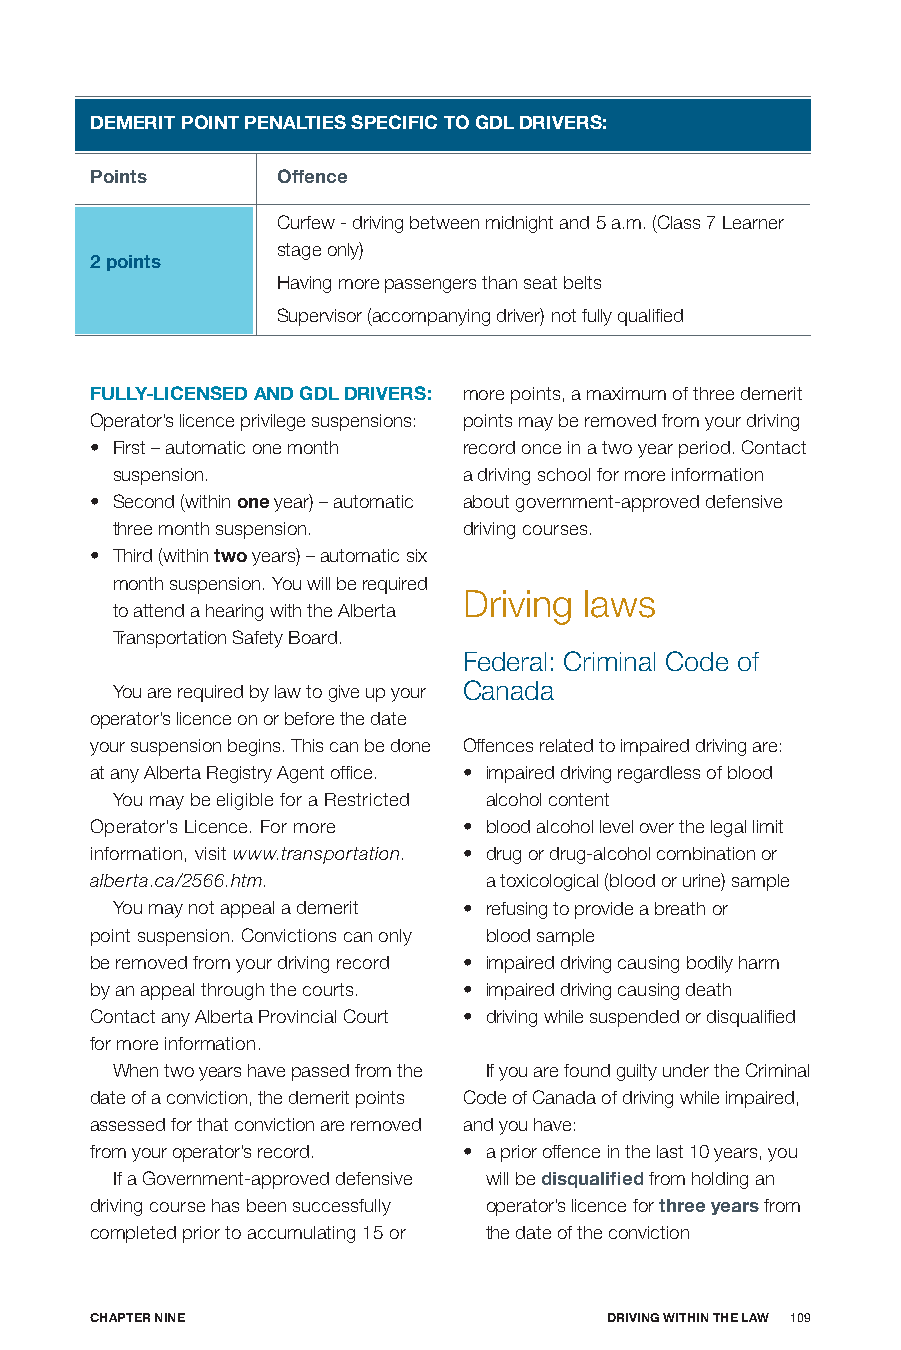
DEmERIT poInT pEnALTIES SpECIfIC To GDL DRIVERS:
 points      offence
 Curfew - driving between midnight and 5 a.m. (Class 7 Learner
 stage only)
 2 points
 Having more passengers than seat belts
 Supervisor (accompanying driver) not fully qualified
 fULLy-LICEnSED AnD GDL DRIVERS: more points, a maximum of three demerit
 Operator’s licence privilege suspensions: points may be removed from your driving
 • First – automatic one month record once in a two year period. Contact
 suspension.             a driving school for more information
 • Second (within one year) – automatic about government-approved defensive
 three month suspension. driving courses.
 • Third (within two years) – automatic six
 month suspension. You will be required
 Driving laws
 to attend a hearing with the Alberta
 Transportation Safety Board.
 Federal: Criminal Code of
 You are required by law to give up your Canada
 operator’s licence on or before the date
 your suspension begins. This can be done Offences related to impaired driving are:
 at any Alberta Registry Agent office. • impaired driving regardless of blood
 You may be eligible for a Restricted alcohol content
 Operator’s Licence. For more • blood alcohol level over the legal limit
 information, visit www.transportation. • drug or drug-alcohol combination or
 alberta.ca/2566.htm.      a toxicological (blood or urine) sample
 You may not appeal a demerit • refusing to provide a breath or
 point suspension. Convictions can only blood sample
 be removed from your driving record • impaired driving causing bodily harm
 by an appeal through the courts. • impaired driving causing death
 Contact any Alberta Provincial Court • driving while suspended or disqualified
 for more information.
 When two years have passed from the If you are found guilty under the Criminal
 date of a conviction, the demerit points Code of Canada of driving while impaired,
 assessed for that conviction are removed and you have:
 from your operator’s record. • a prior offence in the last 10 years, you
 If a Government-approved defensive will be disqualified from holding an
 driving course has been successfully operator’s licence for three years from
 completed prior to accumulating 15 or the date of the conviction
 CHApTER nInE                      DRIVInG wITHIn THE LAw 109